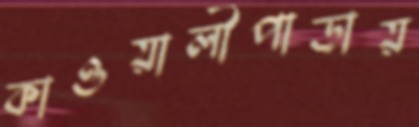
কাওয়ালীপাড়ায়